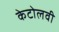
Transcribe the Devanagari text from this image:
केटोलवी